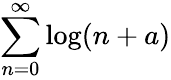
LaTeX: \sum_{n=0}^{\infty}\log(n+a)